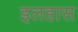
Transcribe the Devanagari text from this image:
इलहास